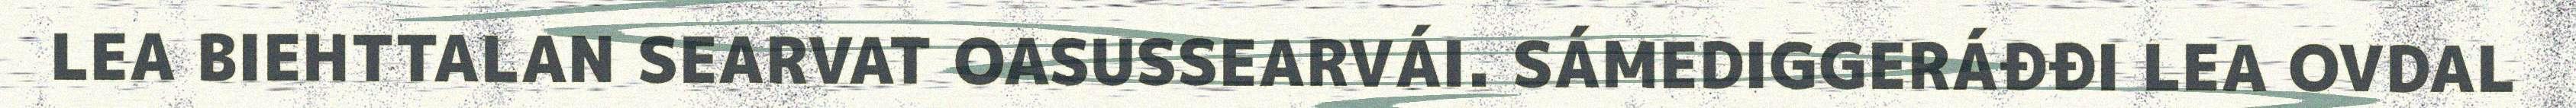
LEA BIEHTTALAN SEARVAT OASUSSEARVÁI. SÁMEDIGGERÁĐĐI LEA OVDAL